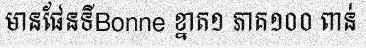
មានផែនទីBonne ខ្នាត១ ភាគ១០០ ពាន់